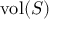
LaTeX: \mathrm { v o l } ( S )